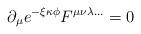
LaTeX: \begin{align*}\partial_{\mu} e^{- \xi \kappa \phi} F^{\mu\nu\lambda \ldots} = 0\end{align*}